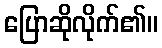
ပြောဆိုလိုက်၏။